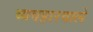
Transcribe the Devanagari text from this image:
व्यवहारवाले